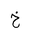
Letter: _kha